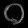
Digit: ၀